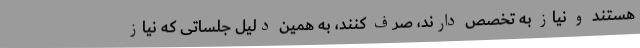
هستند و نیاز به تخصص دارند، صرف کنند، به همین دلیل جلساتی که نیاز